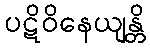
ပဋိဝိနေယျန္တိ